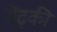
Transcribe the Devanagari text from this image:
मेंढ़की